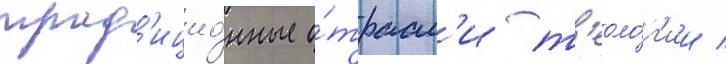
трад'ицио́нные о́трасл'и т'еоло́г'ии /